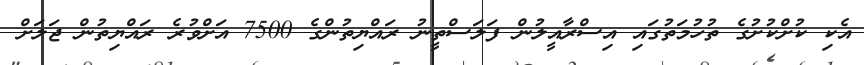
އެކި ކުށްކުށުގެ ތުހުމަތުގައި އިސްރާއީލުން ފަލަސްތީނު ރައްޔިތުންގެ 7500 އަށްވުރެ ރައްޔިތުން ޖަލަށް